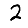
Digit: 2